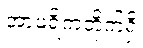
အာဖရိကတိုက်ရှိ